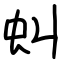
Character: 虯